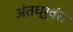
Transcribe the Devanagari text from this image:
अंतध्र्वंस